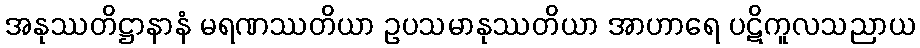
အနုဿတိဋ္ဌာနာနံ မရဏဿတိယာ ဥပသမာနုဿတိယာ အာဟာရေ ပဋိကူလသညာယ